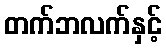
တက်ဘလက်နှင့်